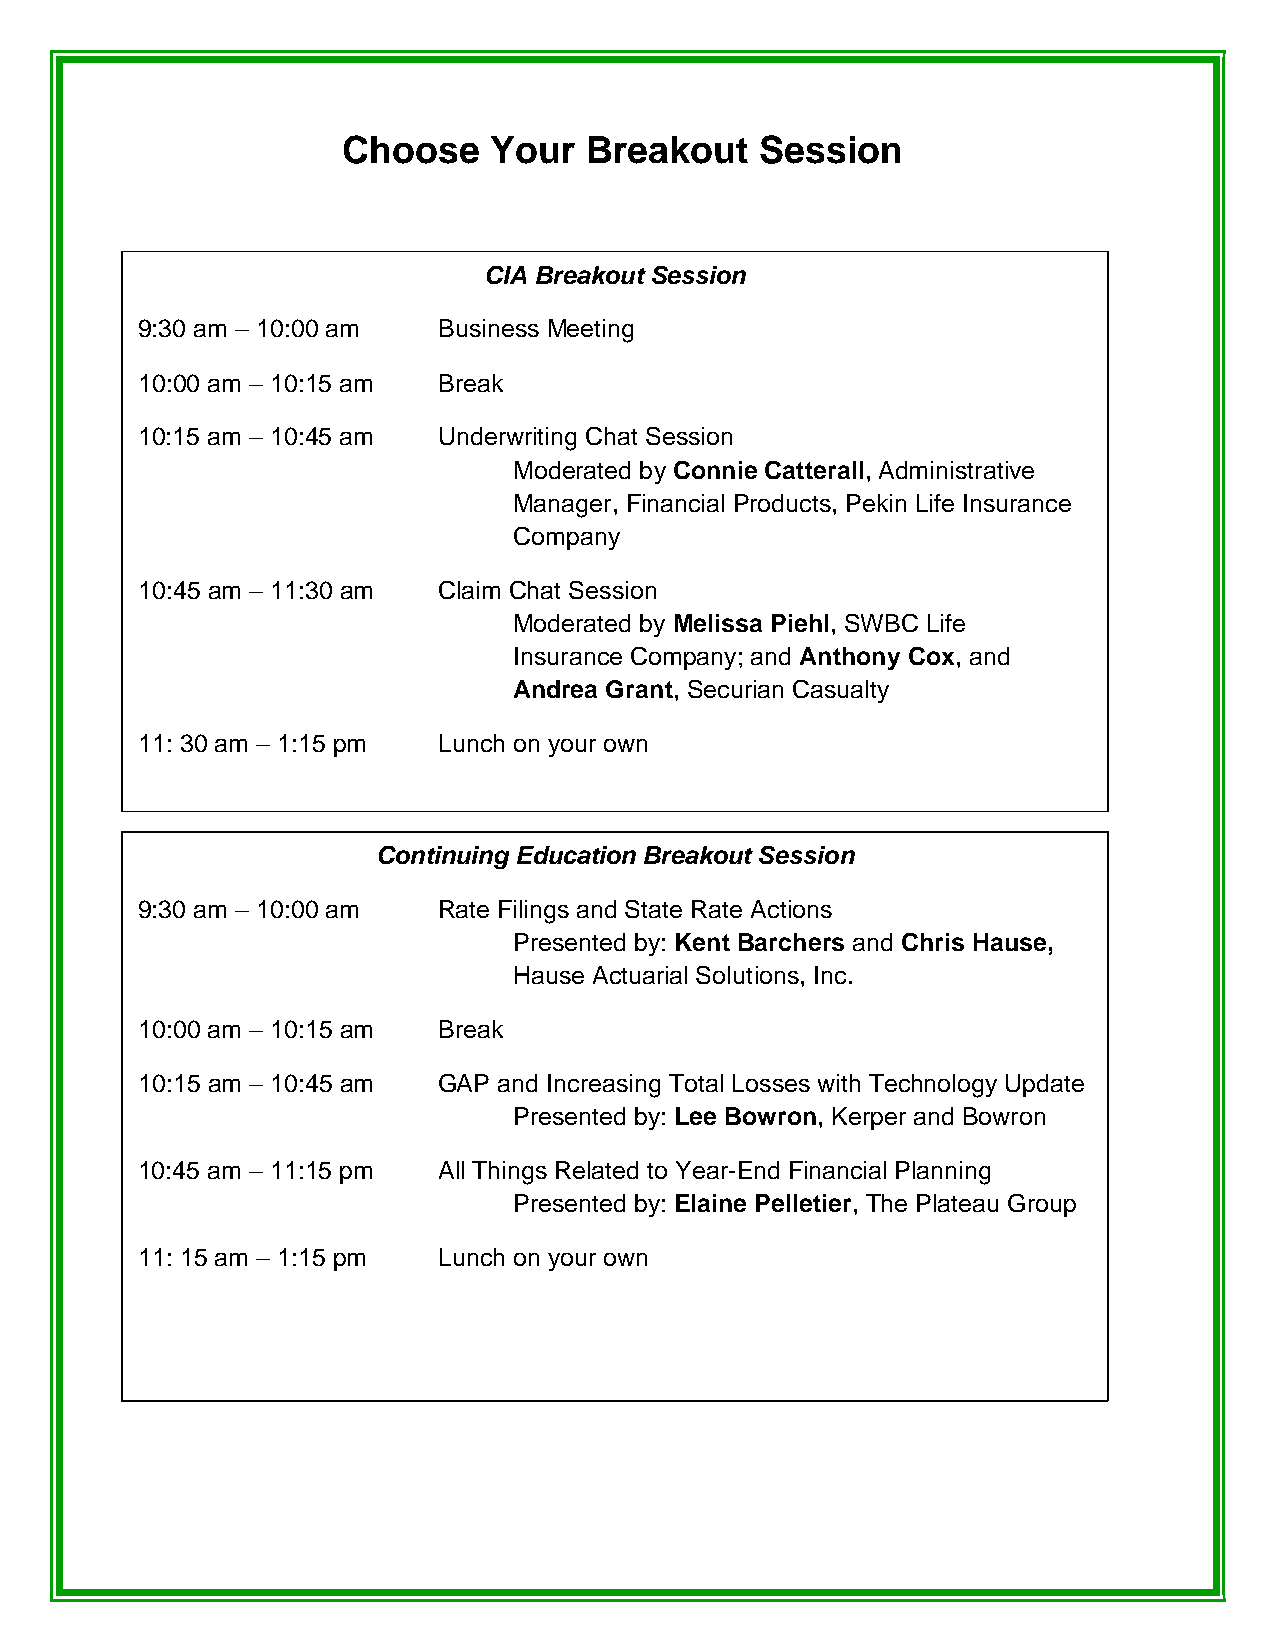
Choose   Your   Breakout   Session
 CIA Breakout Session
 9:30 am – 10:00 am  Business Meeting
 10:00 am – 10:15 am Break
 10:15 am – 10:45 am Underwriting Chat Session
 Moderated by Connie Catterall, Administrative
 Manager, Financial Products, Pekin Life Insurance
 Company
 10:45 am – 11:30 am Claim Chat Session
 Moderated by Melissa Piehl, SWBC Life
 Insurance Company; and Anthony Cox, and
 Andrea Grant, Securian Casualty
 11: 30 am – 1:15 pm Lunch on your own
 Continuing Education Breakout Session
 9:30 am – 10:00 am  Rate Filings and State Rate Actions
 Presented by: Kent Barchers and Chris Hause,
 Hause Actuarial Solutions, Inc.
 10:00 am – 10:15 am Break
 10:15 am – 10:45 am GAP and Increasing Total Losses with Technology Update
 Presented by: Lee Bowron, Kerper and Bowron
 10:45 am – 11:15 pm All Things Related to Year-End Financial Planning
 Presented by: Elaine Pelletier, The Plateau Group
 11: 15 am – 1:15 pm Lunch on your own